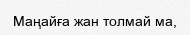
Маңайға жан толмай ма,